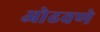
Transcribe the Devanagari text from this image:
ओढवणे